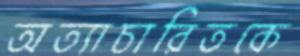
অত্যাচারিতকে